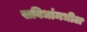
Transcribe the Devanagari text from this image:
सविधांमधील